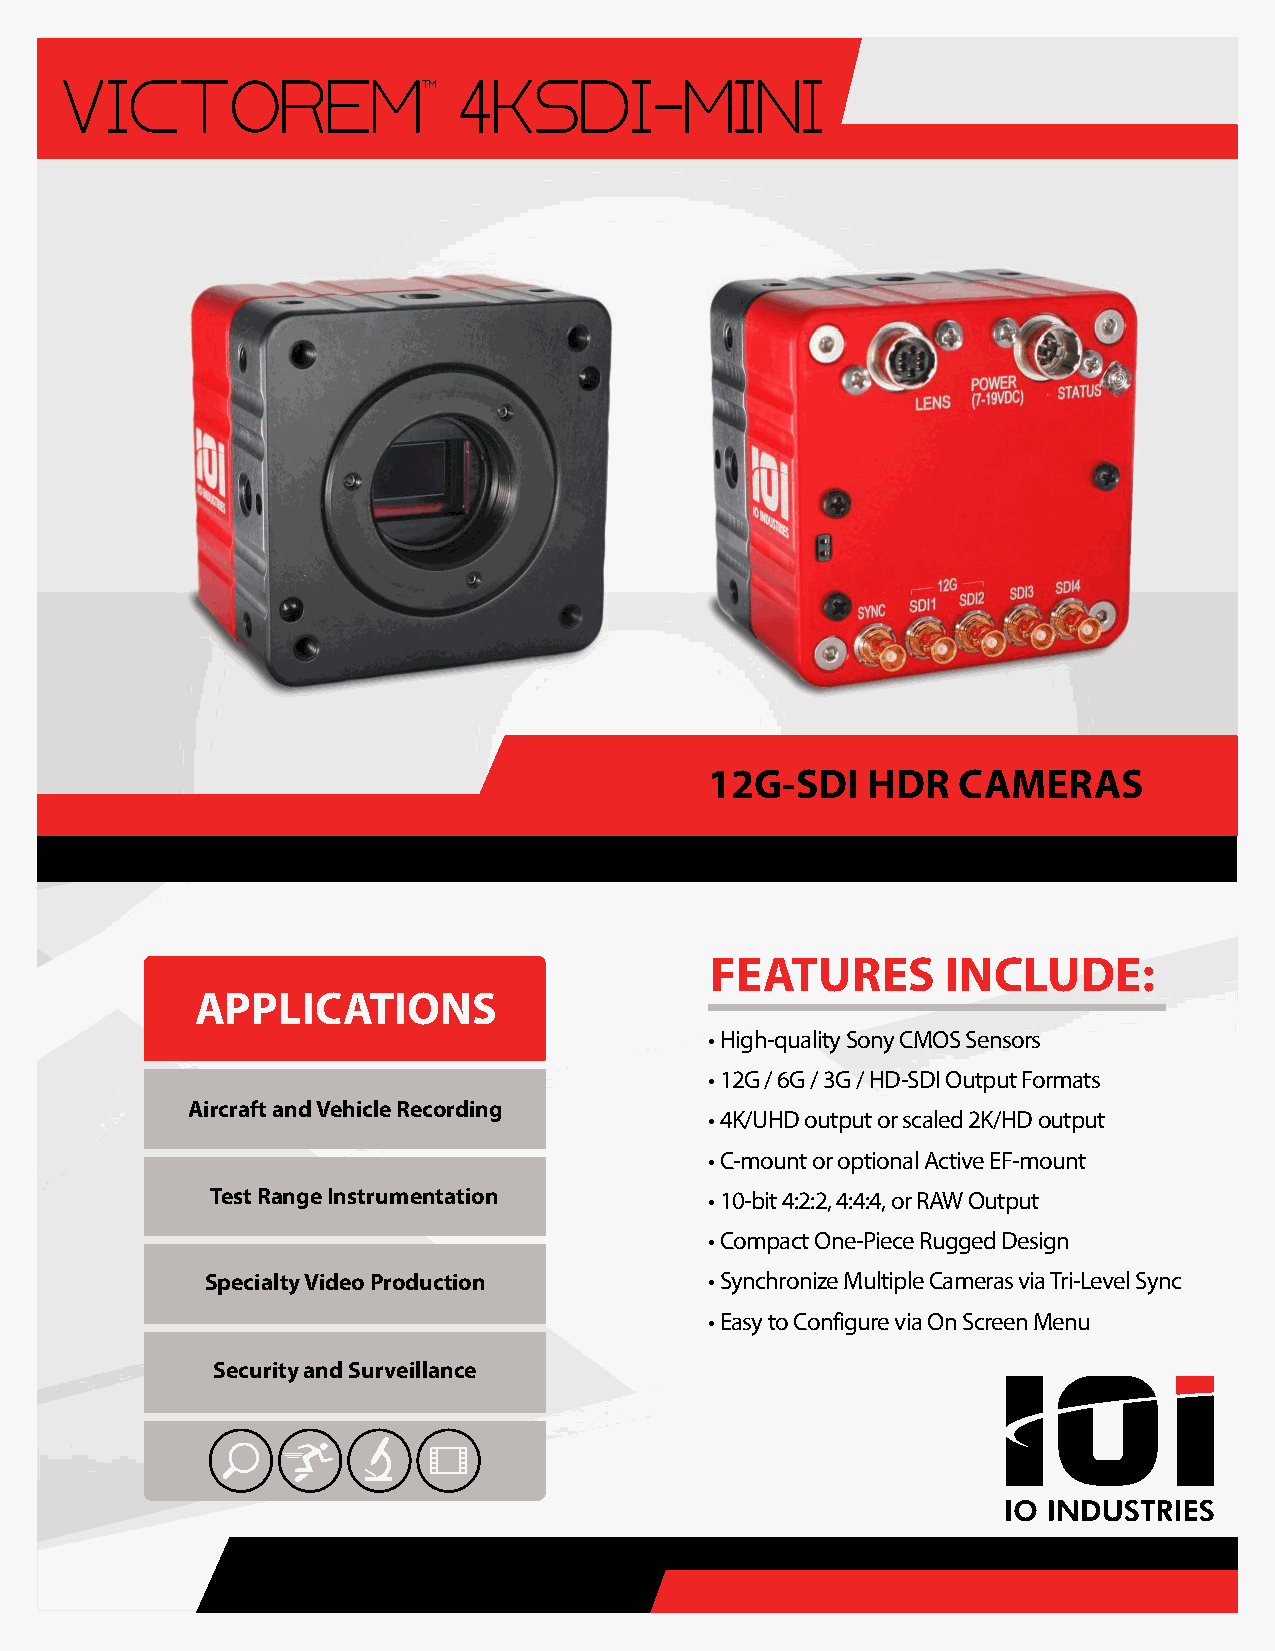
VICTOREM                  4KSDI-MINI
 TM
 12G-SDI   HDR   CAMERAS
 FEATURES        INCLUDE:
 APPLICATIONS
 • High-quality Sony CMOS Sensors
 • 12G / 6G / 3G / HD-SDI Output Formats
 Aircraft and Vehicle Recording
 • 4K/UHD output or scaled 2K/HD output
 • C-mount or optional Active EF-mount
 Test Range Instrumentation       • 10-bit 4:2:2, 4:4:4, or RAW Output
 • Compact One-Piece Rugged Design
 Specialty Video Production       • Synchronize Multiple Cameras via Tri-Level Sync
 • Easy to Configure via On Screen Menu
 Security and Surveillance